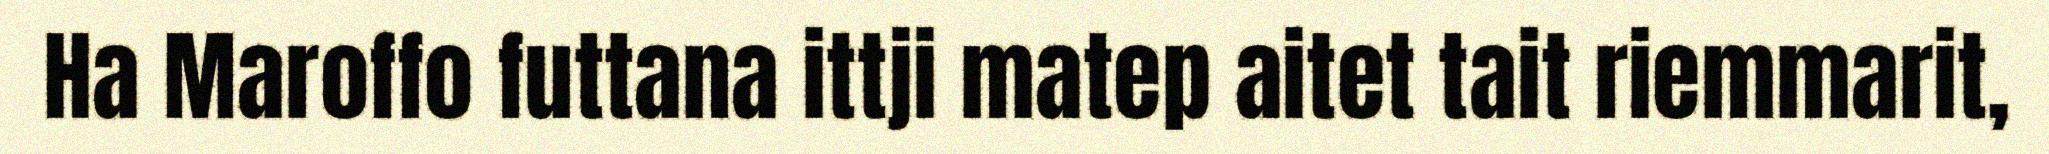
Ha Maroffo futtana ittji matep aitet tait riemmarit,